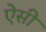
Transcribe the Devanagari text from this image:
एेसी